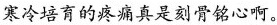
寒冷培育的疼痛真是刻骨铭心啊。